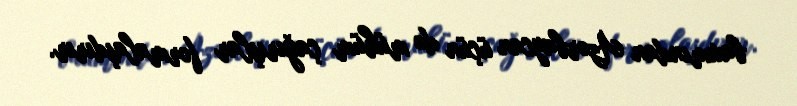
baxımından Azərbaycan üçün də mühüm çağırışlar formalaşdırır.